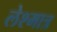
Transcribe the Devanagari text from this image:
लेश्मात्र